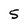
Character: 5